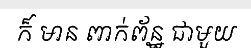
ក៏ មាន ពាក់ព័ន្ឋ ជាមួយ